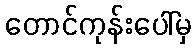
တောင်ကုန်းပေါ်မှ